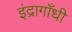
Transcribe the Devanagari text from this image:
इंद्रागाँधी